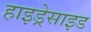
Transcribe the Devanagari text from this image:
हाइड्रेसाइड